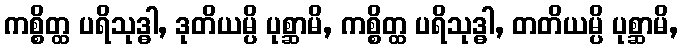
ကစ္စိတ္ထ ပရိသုဒ္ဓါ, ဒုတိယမ္ပိ ပုစ္ဆာမိ, ကစ္စိတ္ထ ပရိသုဒ္ဓါ, တတိယမ္ပိ ပုစ္ဆာမိ,